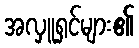
အလှူရှင်များ၏